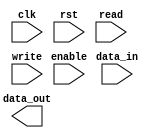
module io_block_buffer (
  input wire clk,
  input wire rst,
  input wire [7:0] data_in,
  output reg [7:0] data_out,
  input wire enable,
  input wire read,
  input wire write
);

// Add code here for high-speed buffer functionality

endmodule